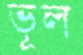
ভূল